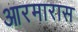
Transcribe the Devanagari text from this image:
आरमारास